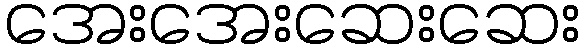
အေးအေးဆေးဆေး